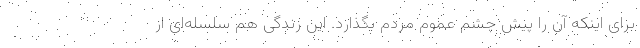
برای اینکه آن را پیش چشم عموم مردم بگذارد. این زندگی هم سلسله‌ای از